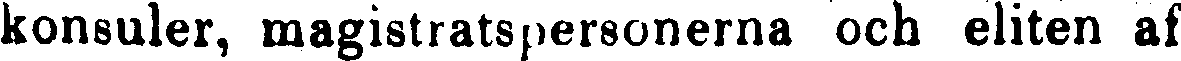
konsuler, magistratspersonerna och eliten af